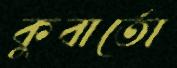
কুবার্তো